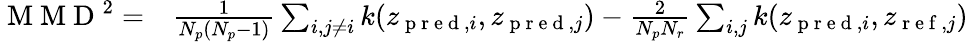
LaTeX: \begin{array}{rl}{\mathrm{~M~M~D~}^{2}=}&{{}\frac{1}{N_{p}(N_{p}-1)}\sum_{i,j\ne i}k(z_{\mathrm{~p~r~e~d~},i},z_{\mathrm{~p~r~e~d~},j})-\frac{2}{N_{p}N_{r}}\sum_{i,j}k(z_{\mathrm{~p~r~e~d~},i},z_{\mathrm{~r~e~f~},j})}\end{array}